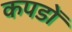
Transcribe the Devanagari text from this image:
कपडोँ